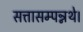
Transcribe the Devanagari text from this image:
सत्तासम्पन्नथे।